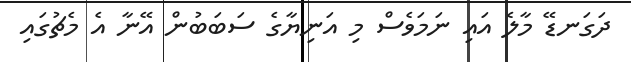
ދަގަނޑޭ މާލެ އައި ނަމަވެސް މި އަނިޔާގެ ސަބަބުން އޭނާ އެ މެޗުގައި